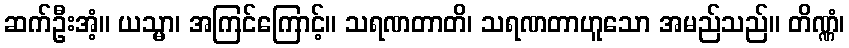
ဆက်ဦးအံ့။ ယသ္မာ၊ အကြင်ကြောင့်။ သရဏတာတိ၊ သရဏတာဟူသော အမည်သည်။ တိဏ္ဏံ၊